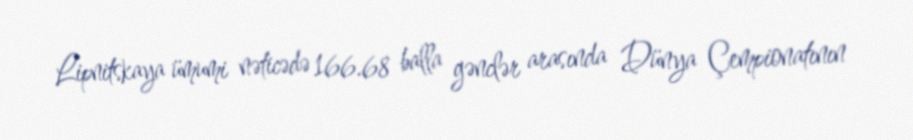
Lipnitskaya ümumi nəticədə 166.68 balla gənclər arasında Dünya Çempionatının